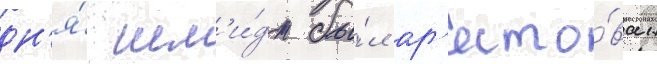
дн'я́ шм'и́дт бы́л ар'есто́ван